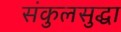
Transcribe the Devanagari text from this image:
संकुलसुद्धा